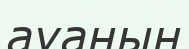
ауаның